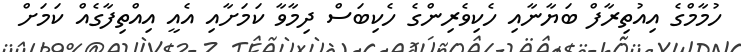
ހުމާމްގެ އިއުތިރާފް ބަޔާނާއި ހެކިވެރިންގެ ހެކިބަސް ދިމާވާ ކަމަށާއި އެއީ އިއްތިފާގެއް ކަމަށް